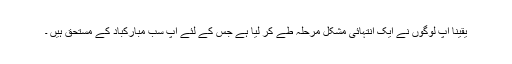
یقینا آپ لوگوں نے ایک انتہائی مشکل مرحلہ طے کر لیا ہے جس کے لئے آپ سب مبارکباد کے مستحق ہیں ۔